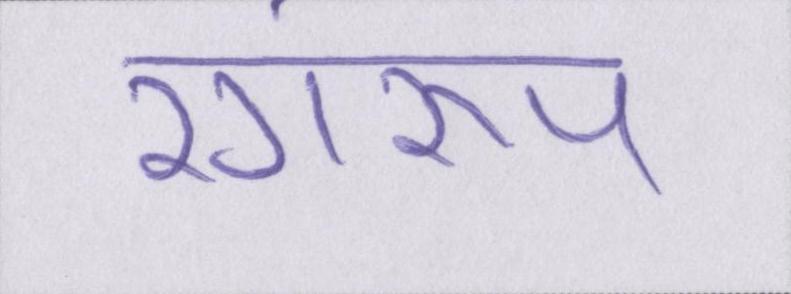
रंगरूप